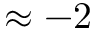
\approx - 2